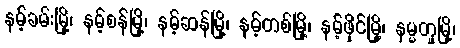
နမ့်ခမ်းမြို့၊ နမ့်စန်မြို့၊ နမ့်ဆန်မြို့၊ နမ့်တစ်မြို့၊ နမ့်ဖိုင်မြို့၊ နမ္မတူမြို့၊